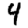
Digit: 4